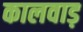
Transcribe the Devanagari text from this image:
कालवाड़